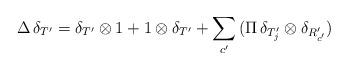
LaTeX: \begin{align*}\Delta \, \delta_{T'} = \delta_{T'} \otimes 1 + 1 \otimes \delta_{T'} + \sum_{c'} \, (\Pi \, \delta_{T'_j} \otimes \delta_{R'_{c'}}) \end{align*}